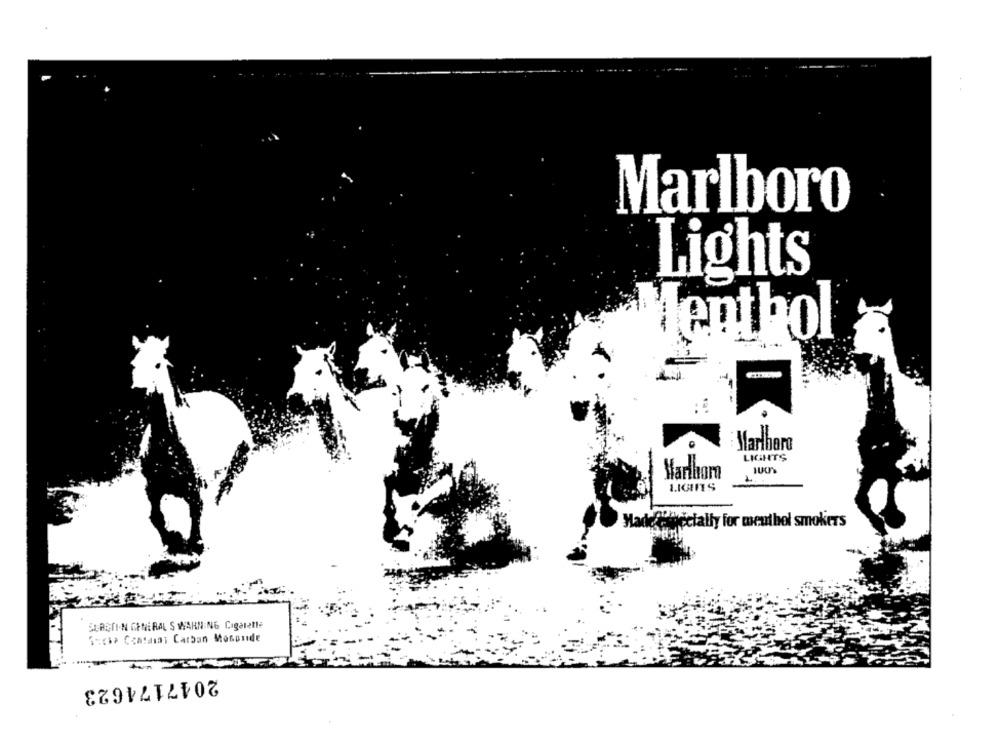
Marlboro
Lights
fenthol
Marlboro
LIGHTS
Marlbom
LIGHTS
dele icially for menthol smokers
SERETIN GENERAL S WARNING Cigarette
1scia Contasal Carban Mosonide
2047174623